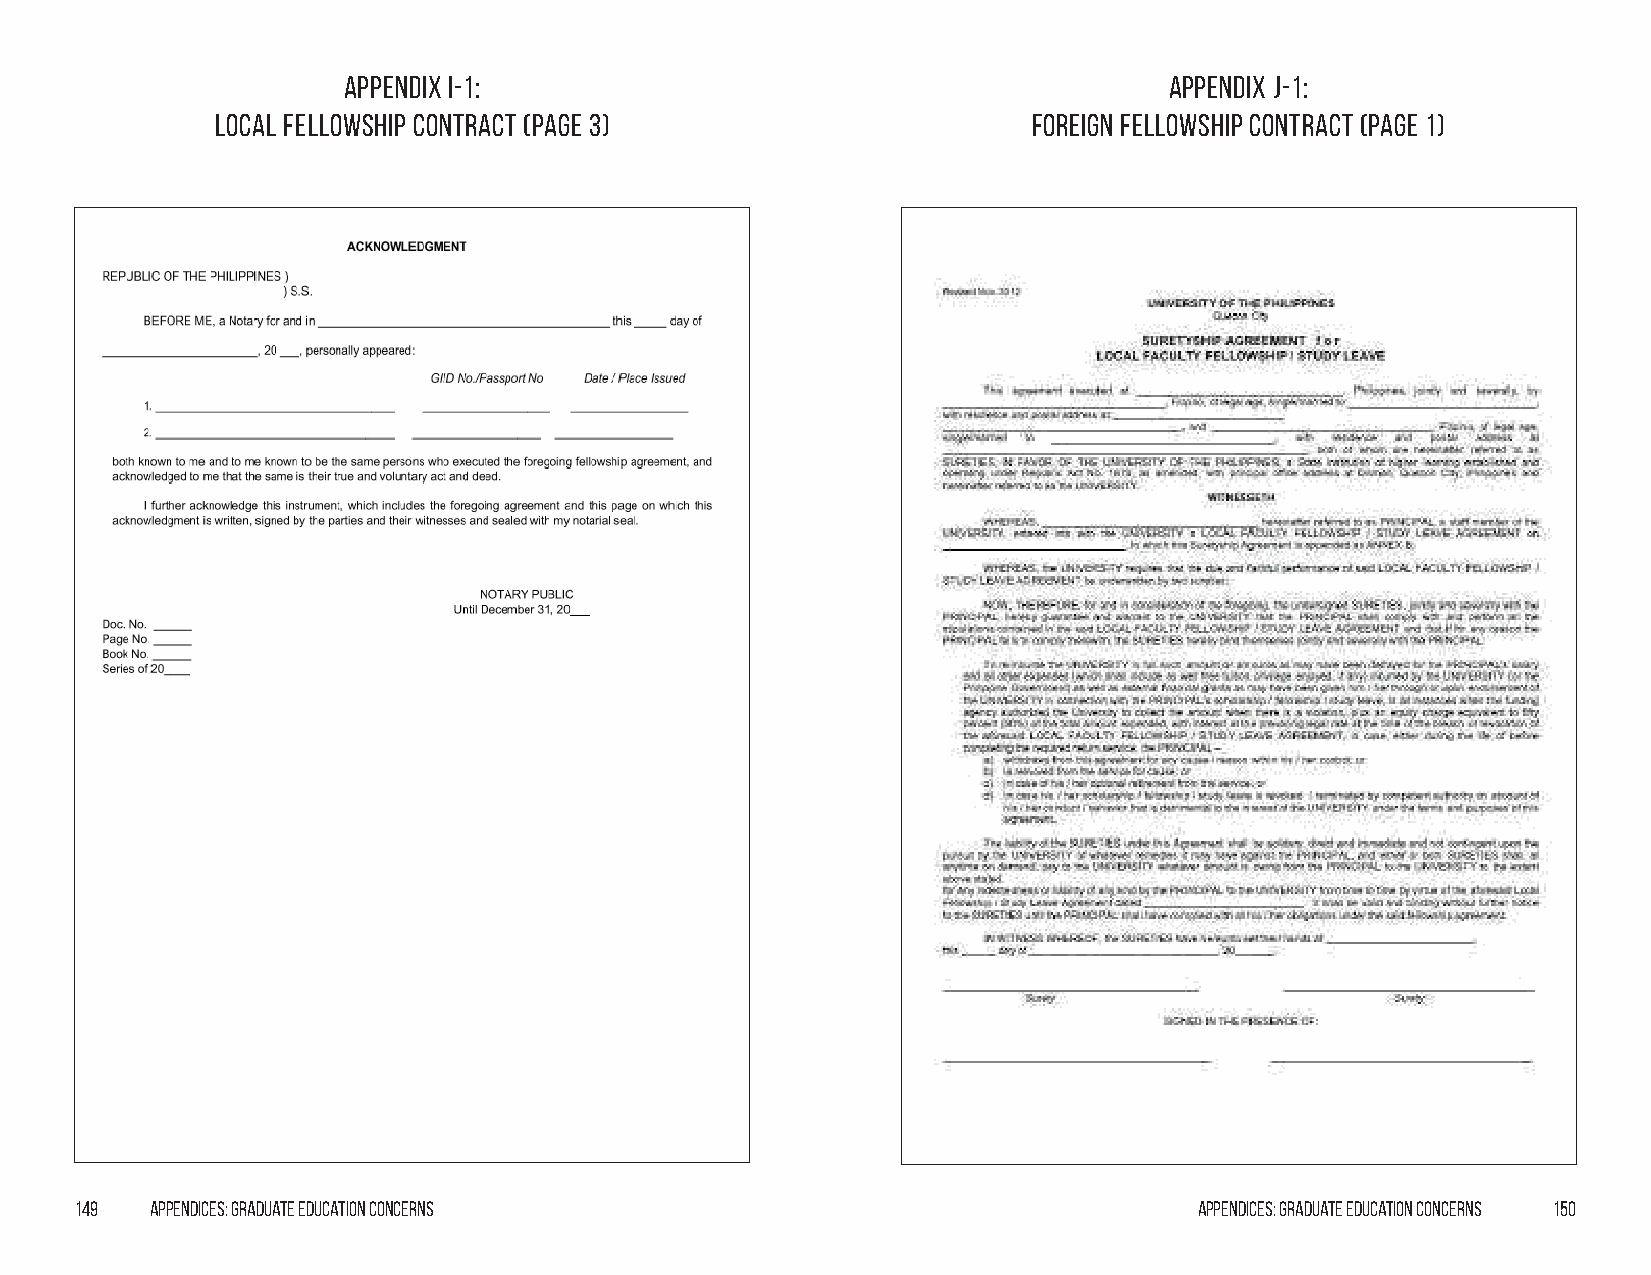
Appendix I-1:                                         Appendix J-1:
 Local Fellowship Contract (Page 3)                    Foreign Fellowship Contract (Page 1)
 149  Appendices: Graduate Education Concerns                              Appendices: Graduate Education Concerns 150